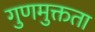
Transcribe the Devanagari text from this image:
गुणमुक्तता